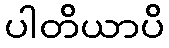
ပါတိယာပိ